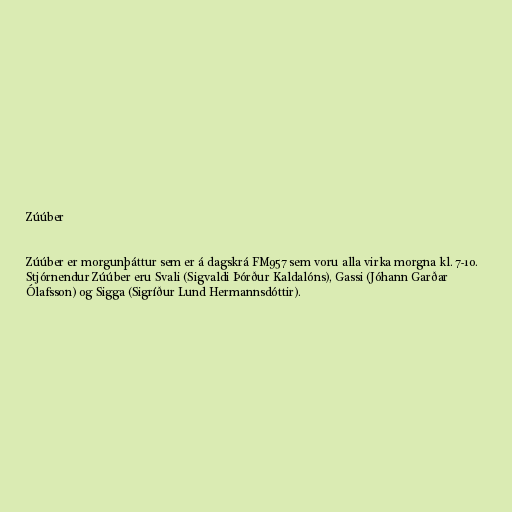
Zúúber

Zúúber er morgunþáttur sem er á dagskrá FM957 sem voru alla virka morgna kl. 7-10.
Stjórnendur Zúúber eru Svali (Sigvaldi Þórður Kaldalóns), Gassi (Jóhann Garðar
Ólafsson) og Sigga (Sigríður Lund Hermannsdóttir).